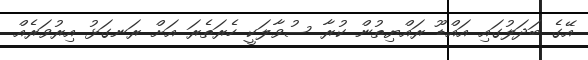
އޭގެ ބަދަލުގައި އައްޑޫ ރައްޔިތުން ކުރާ ސުވާލަކީ ހެރަތެރަ އަށް ރަނގަޅު އިރުވަރެއް